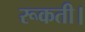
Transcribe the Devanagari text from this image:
रूकती।